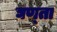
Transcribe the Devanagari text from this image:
घण्ता